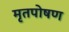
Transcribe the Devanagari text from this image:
मृतपोषण